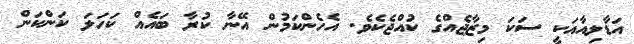
އަޑާލިއާއަކީ ސަކަ މިޒާޖެއްގެ ކުއްޖެކެވެ. އެހެންކަމުން އޭނާ ކުރާ ބައެއް ކަހަލަ ކަންކަން